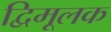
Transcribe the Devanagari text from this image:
द्विमूलक